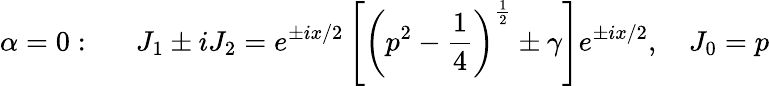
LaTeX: \alpha=0:\quad\, \, \, J_{1}\pm iJ_{2}=e^{\pm ix/2}\left[\left(p^{2}-\frac 14\right)^{\frac 12}\pm\gamma\right]e^{\pm ix/2},\quad J_{0}=p